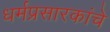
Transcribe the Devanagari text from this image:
धर्मप्रसारकांचे